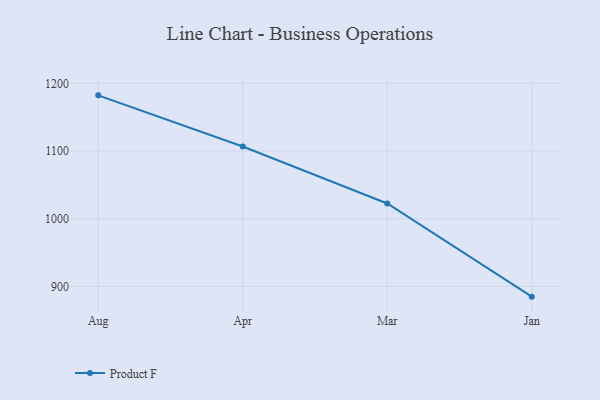
{"axis": {"x": "Month", "y": "Humidity (%)"}, "legend": ["Product F"], "data": [{"x": "Aug", "y": 1182.2, "type": "Product F"}, {"x": "Apr", "y": 1106.6, "type": "Product F"}, {"x": "Mar", "y": 1022.4, "type": "Product F"}, {"x": "Jan", "y": 884.8, "type": "Product F"}]}